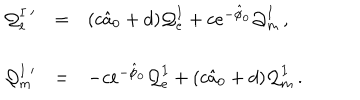
\begin{array} { r c l } { { { \cal Q } _ { e } ^ { I \ \prime } } } & { { = } } & { { ( c \hat { a } _ { 0 } + d ) { \cal Q } _ { e } ^ { I } + c e ^ { - \hat { \phi } _ { 0 } } { \cal Q } _ { m } ^ { I } \, , } } \\ { { } } & { { } } & { { } } \\ { { { \cal Q } _ { m } ^ { I \ \prime } } } & { { = } } & { { - c e ^ { - \hat { \phi } _ { 0 } } { \cal Q } _ { e } ^ { I } + ( c \hat { a } _ { 0 } + d ) { \cal Q } _ { m } ^ { I } \, . } } \\ \end{array}